Indian journal of veterinary science and animal husbandry - Volume 12,
Year: 1942
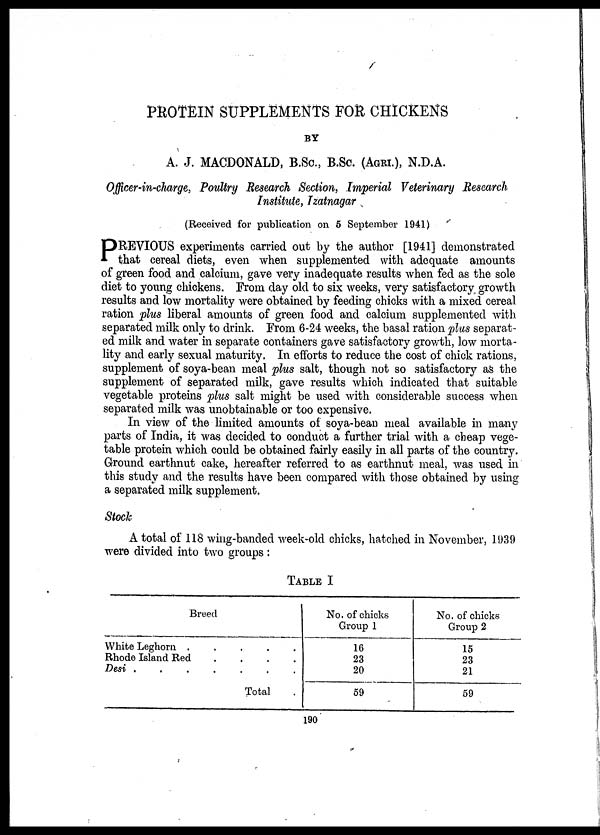
PROTEIN SUPPLEMENTS FOR CHICKENS
BY
A. J. MACDONALD, B.Sc., B.Sc. (AFRI.), N.D.A.
Officer-in-charge, Poultry Research Section, Imperial Veterinary Research
Institute, Izatnagar
(Received for publication on 5 September 1941)
P REVIOUS experiments carried out by the author [1941] demonstrated
that cereal diets, even when supplemented with adequate amounts
of green food and calcium, gave very inadequate results when fed as the sole
diet to young chickens. From day old to six weeks, very satisfactory growth
results and low mortality were obtained by feeding chicks with a mixed cereal
ration plus liberal amounts of green food and calcium supplemented with
separated milk only to drink. From 6-24 weeks, the basal ration plus separat-
ed milk and water in separate containers gave satisfactory growth, low morta-
lity and early sexual maturity. In efforts to reduce the cost of chick rations,
supplement of soya-bean meal plus salt, though not so satisfactory as the
supplement of separated milk, gave results which indicated that suitable
vegetable proteins plus salt might be used with considerable success when
separated milk was unobtainable or too expensive.
In view of the limited amounts of soya-bean meal available in many
parts of India, it was decided to conduct a further trial with a cheap vege-
table protein which could be obtained fairly easily in all parts of the country.
Ground earthnut cake, hereafter referred to as earthnut meal, was used in
this study and the results have been compared with those obtained by using
a separated milk supplement.
Stock
A total of 118 wing-banded week-old chicks, hatched in November, 1939
were divided into two groups :
TABLE I
Breed
White Leghorn . . .
Rhode Island Red . . .
Desi
.
.
.
.
Total .
No. of chicks
Group 1
16
23
20
59
No. of chicks
Group 2
15
23
21
59
190